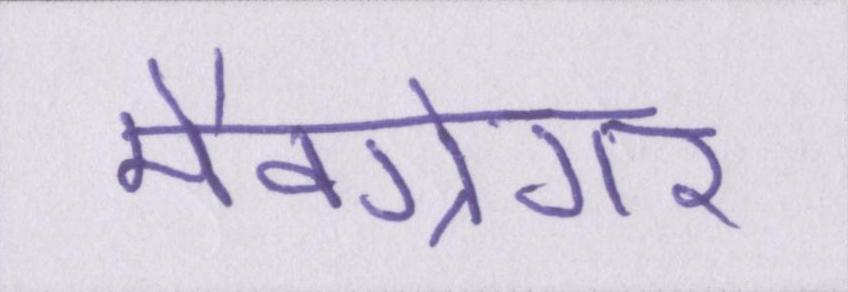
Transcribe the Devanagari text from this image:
मैक्ग्रेगर